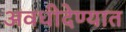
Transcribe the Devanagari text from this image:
अवधीदेण्यात